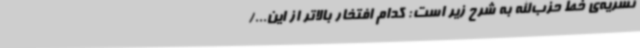
نشریه‌ی خط حزب‌الله به شرح زیر است: کدام افتخار بالاتر از این.../